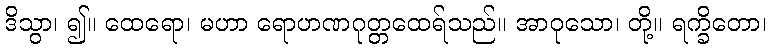
ဒိသွာ၊ ၍။ ထေရော၊ မဟာ ရောဟဏဂုတ္တထေရ်သည်။ အာဝုသော၊ တို့။ ရက္ခိတော၊